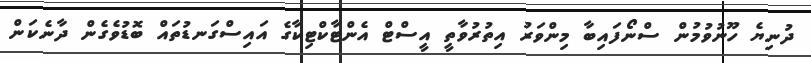
ދުނިޔެ ހޫނުވުމުން ސްނޯފައިބާ މިންވަރު އިތުރުވާތީ އީސްޓް އެންޓާކްޓިކާގެ އައިސްގަނޑުތައް ބޮޑުވެގެން ދާނެކަން